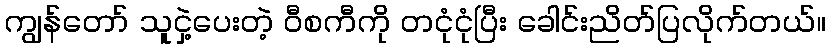
ကျွန်တော် သူငှဲ့ပေးတဲ့ ဝီစကီကို တငုံငုံပြီး ခေါင်းညိတ်ပြလိုက်တယ်။